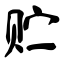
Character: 贮